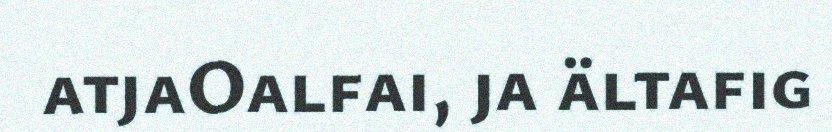
atjaOalfai, ja ältafig